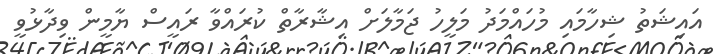
އައިޝަތު ޝިހާމައި މުހައްމަދު މަލީހު ޖަމާލަށް އިޝާރާތް ކުރައްވާ ރައީސް ޔާމީން ވިދާޅުވީ